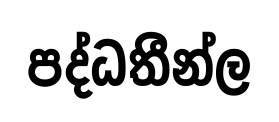
පද්ධතීන්ල